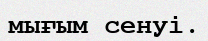
мығым сенуі.